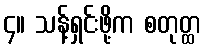
၄။ သန့်ရှင်းဖို့က စတုတ္ထ